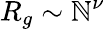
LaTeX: R_{g}\sim\mathbb{N}^{\nu}